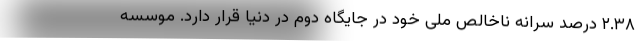
۲.۳۸ درصد سرانه ناخالص ملی خود در جایگاه دوم در دنیا قرار دارد. موسسه